画像に写った文字を読んでください
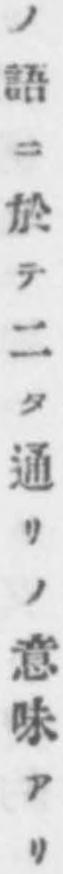
「ノ語ニ於テ二タ通リノ意味アリ」と書いてあります